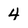
Character: 4